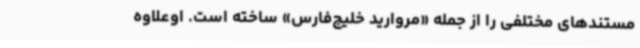
مستندهای مختلفی را از جمله «مروارید خلیج‌فارس» ساخته است. اوعلاوه